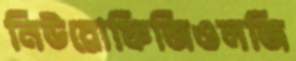
নিউরোফিজিওলজি